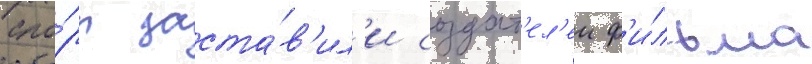
Спо́ры заста́в'ил'и создат'ел'еи ф'и́льма